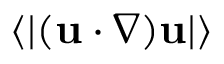
\left\langle \lvert ( { \bf u } \cdot \nabla ) { \bf u } \rvert \right\rangle